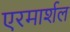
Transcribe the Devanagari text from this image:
एरमार्शल